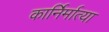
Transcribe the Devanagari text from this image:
कार्निर्मात्या